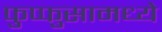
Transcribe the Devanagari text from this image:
फुप्फुसामध्ये